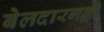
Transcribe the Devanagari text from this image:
बेलदारगल्ली